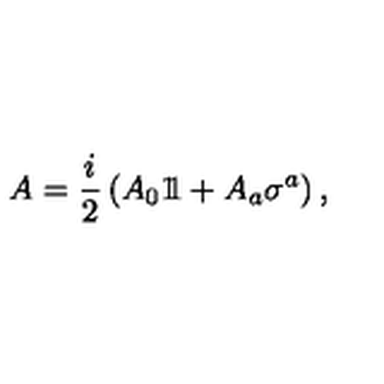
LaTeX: A = { \frac { i } { 2 } } \left( A _ { 0 } 1 \! \! 1 + A _ { a } \sigma ^ { a } \right) ,